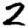
Digit: 2